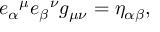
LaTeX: { e _ { \alpha } } ^ { \mu } { e _ { \beta } } ^ { \nu } g _ { \mu \nu } = \eta _ { \alpha \beta } ,